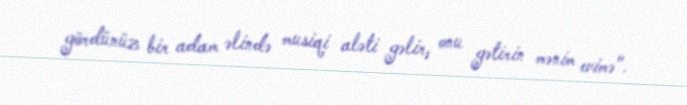
gördünüz bir adam əlində musiqi aləti gəlir, onu gətirin mənim evimə".